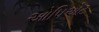
ઓપિએટ